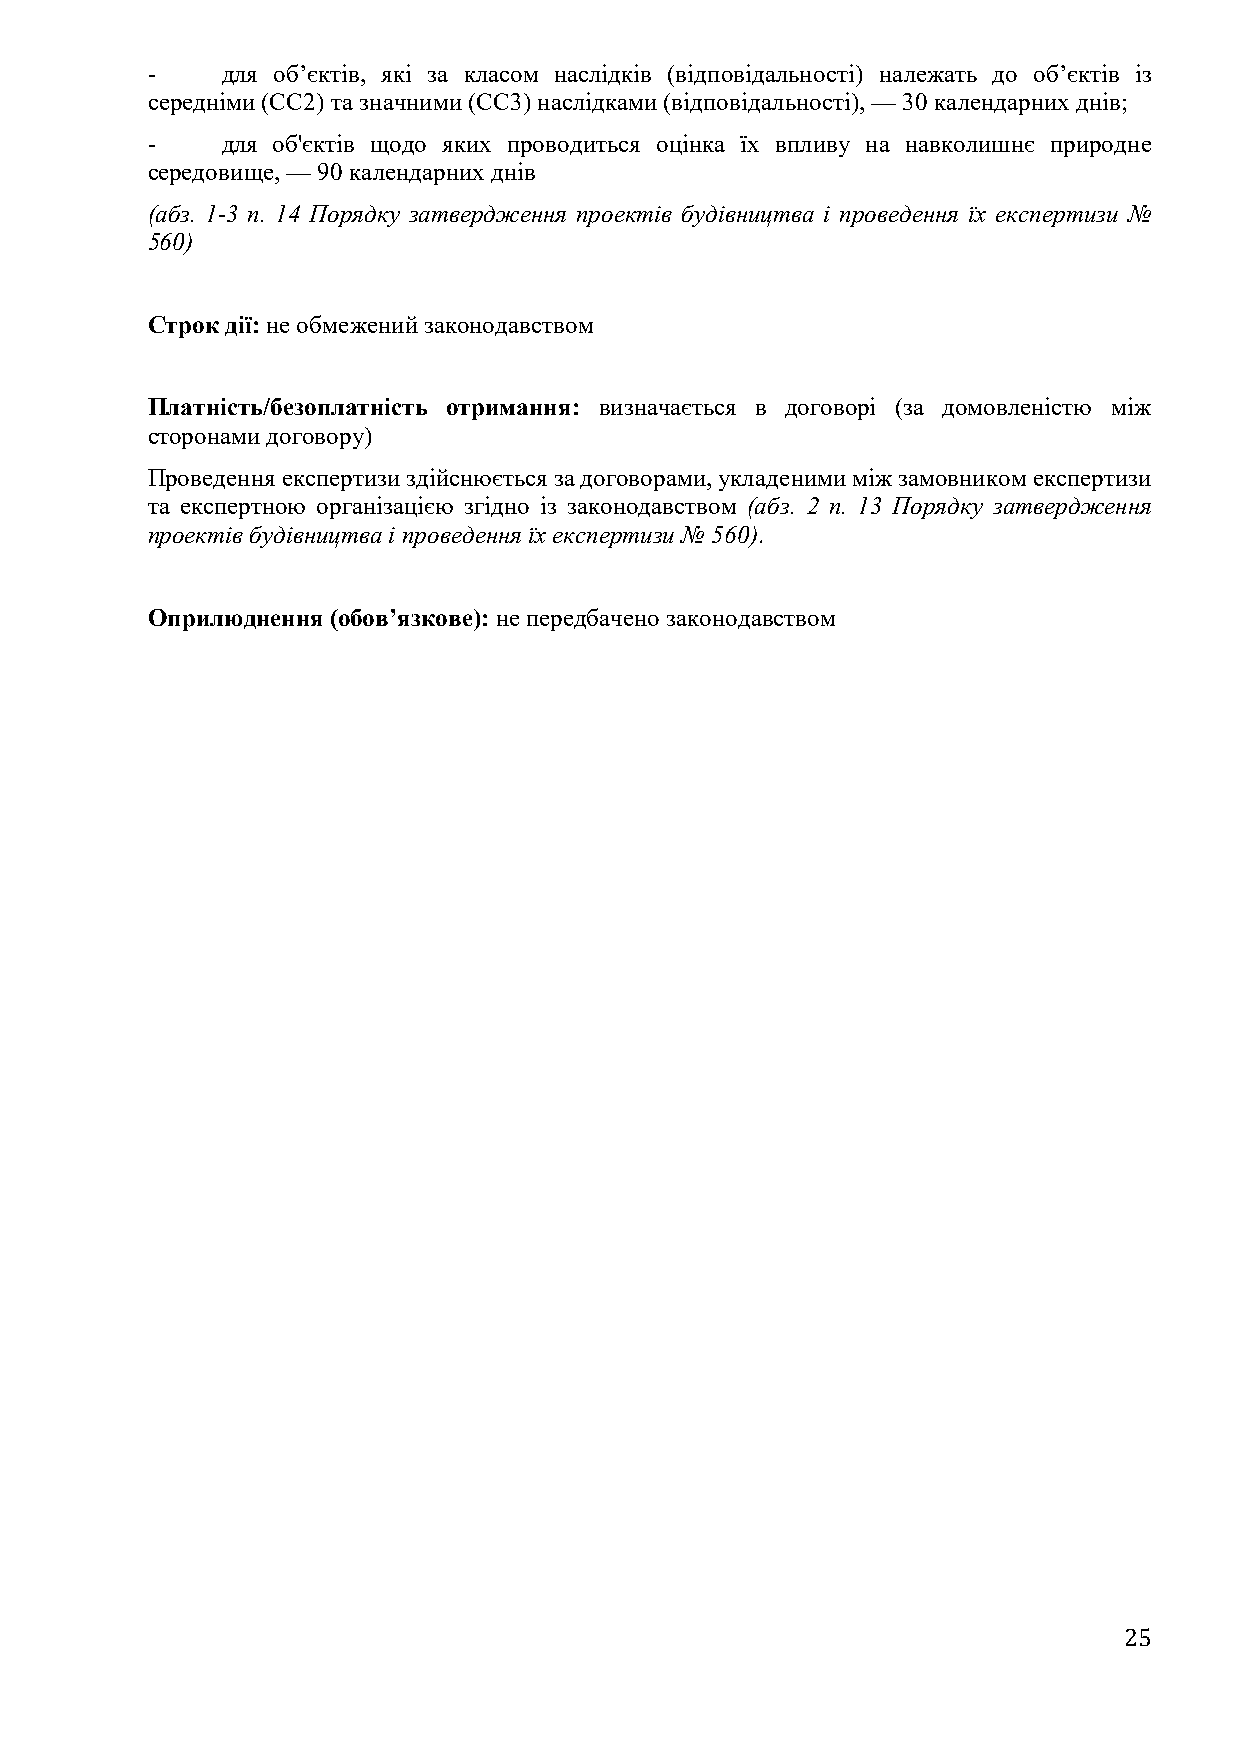
-    для об’єктів, які за класом наслідків (відповідальності) належать до об’єктів із
 середніми (СС2) та значними (СС3) наслідками (відповідальності), — 30 календарних днів;
 -    для об'єктів щодо яких проводиться оцінка їх впливу на навколишнє природне
 середовище, — 90 календарних днів
 (абз. 1-3 п. 14 Порядку затвердження проектів будівництва і проведення їх експертизи №
 560)
 Строк дії: не обмежений законодавством
 Платність/безоплатність отримання: визначається в договорі (за домовленістю між
 сторонами договору)
 Проведення експертизи здійснюється за договорами, укладеними між замовником експертизи
 та експертною організацією згідно із законодавством (абз. 2 п. 13 Порядку затвердження
 проектів будівництва і проведення їх експертизи № 560).
 Оприлюднення (обов’язкове): не передбачено законодавством
 25